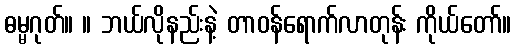
ဓမ္မဂုတ်။ ။ ဘယ်လိုနည်းနဲ့ တာဝန်ရောက်လာတုန်း ကိုယ်တော်။